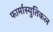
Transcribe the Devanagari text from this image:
फार्मास्युतिकल